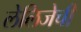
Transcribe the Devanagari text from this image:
लेलिजेची